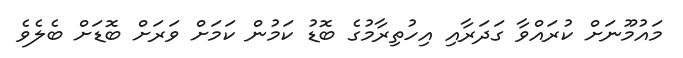
މައުމޫނަށް ކުރައްވާ ގަދަރާއި އިހުތިރާމުގެ ބޮޑު ކަމުން ކަމަށް ވަރަށް ބޮޑަށް ބެލެވެ